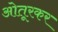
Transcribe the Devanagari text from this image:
ओतूरकर